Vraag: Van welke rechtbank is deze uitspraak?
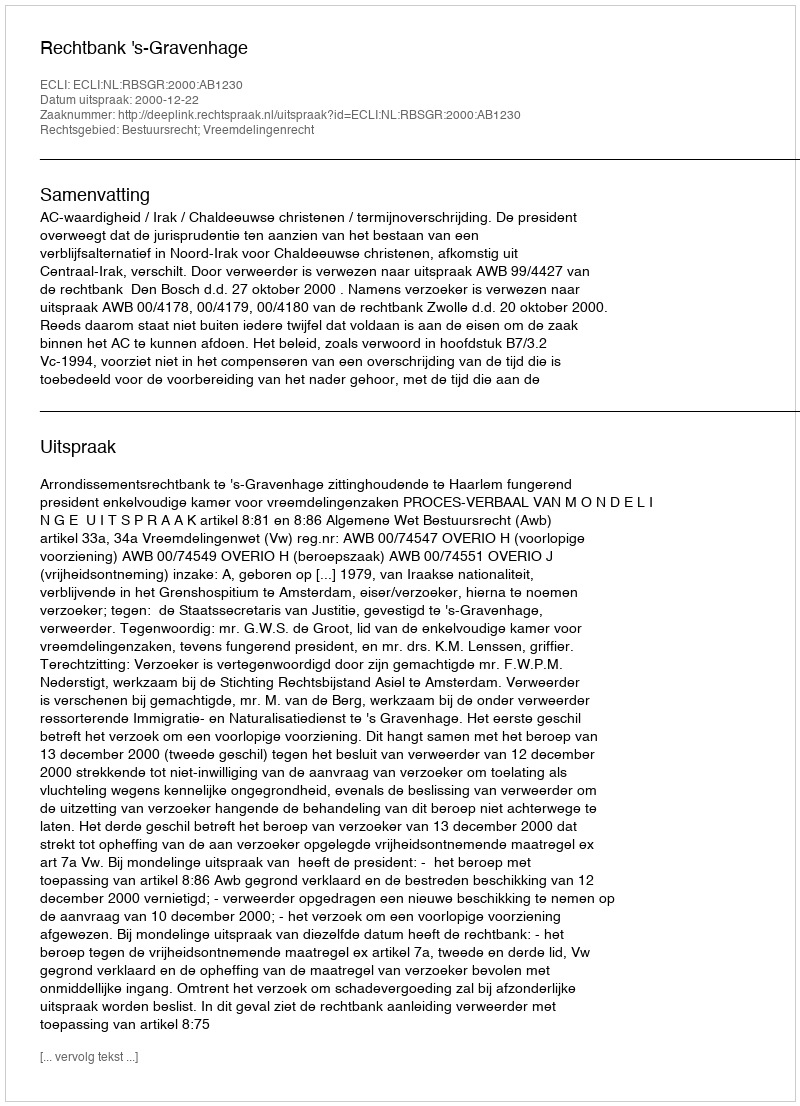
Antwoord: Rechtbank 's-Gravenhage